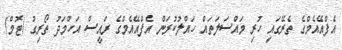
އެފްއޭއެމްގެ ތެރޭގައި ހުރި މައްސަލަތައް ހައްލުކުރަން އެފްއޭއެމްގެ ރައީސް އަހްމަދު ތޯރިގު (ޓޮމް)